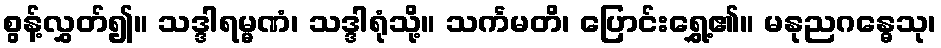
စွန့်လွှတ်၍။ သဒ္ဒါရမ္မဏံ၊ သဒ္ဒါရုံသို့။ သင်္ကမတိ၊ ပြောင်းရွှေ့၏။ မနုညဂန္ဓေသု၊